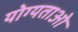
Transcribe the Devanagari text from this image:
योग्यताओ